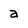
Character: a